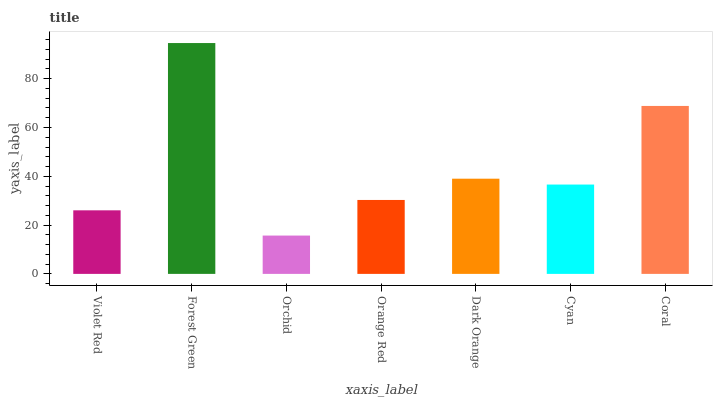
| xaxis_label | bars |
 | --- | --- |
 | Violet Red | 26.1 |
 | Forest Green | 94.6 |
 | Orchid | 15.7 |
 | Orange Red | 30.3 |
 | Dark Orange | 39 |
 | Cyan | 36.6 |
 | Coral | 68.8 |